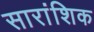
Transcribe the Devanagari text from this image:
सारांशिक